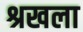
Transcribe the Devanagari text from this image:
श्रखला